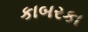
કાબરકા